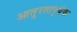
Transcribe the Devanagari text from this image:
आतुरतापूर्वक